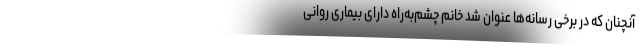
آنچنان که در برخی رسانه‌ها عنوان شد خانم چشم‌به‌راه دارای بیماری روانی